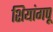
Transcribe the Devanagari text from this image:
शियांगपू